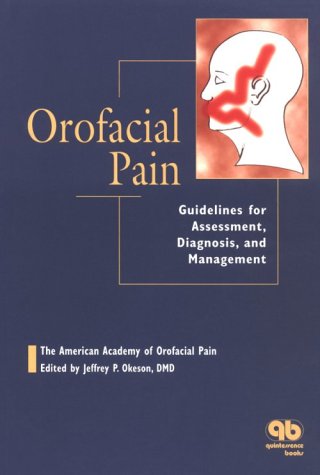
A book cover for Orofacial Pain: Guidelines for Assessment, Diagnosis, and Management; American Academy Of Orofacial Pain; Medical Books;